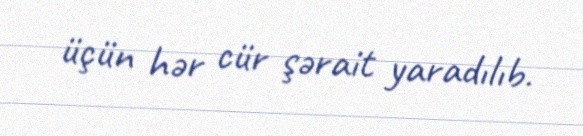
üçün hər cür şərait yaradılıb.